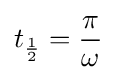
t_{\frac {1}{2}}={\frac {\pi }{\omega }}